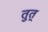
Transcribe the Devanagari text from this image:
तुत्